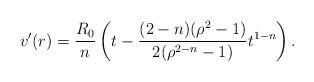
LaTeX: \begin{align*}v'(r)=\frac{R_0}{n}\left(t-\frac{(2-n)(\rho^2-1)}{2(\rho^{2-n}-1)}t^{1-n} \right).\end{align*}